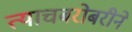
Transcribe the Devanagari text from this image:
त्याचबरोबरीने